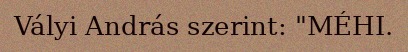
Vályi András szerint: "MÉHI.